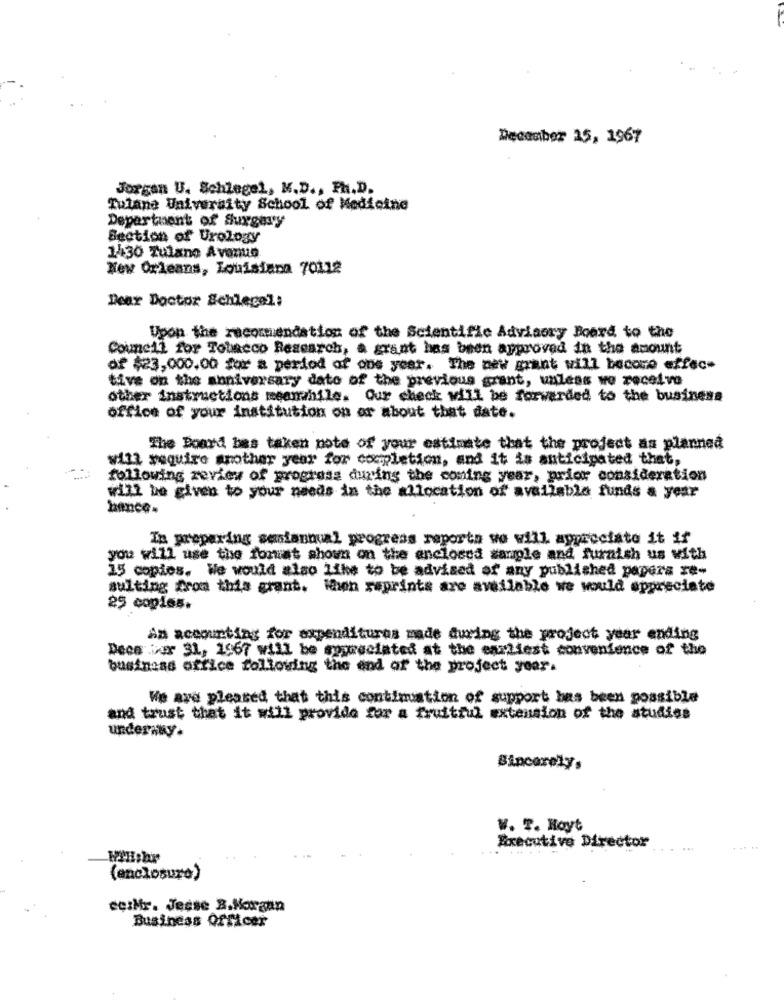
December 15, 1967
Jorgan U. Schlegel, M.D ., Ph.D.
Tutana University School of Medicine
Departuent of Surgery
Section of Urology
1430 Tulane Avenue
New Orleans, Louisiana 70112
Dear Doctor Schlegel:
Upon the recommendation of the Scientific Advisory Board to the
Council for Tobacco Research, a grant has been approved in the amount
of $23,000.00 for a period of one year. The new grant will become effec-
tive on the anniversary date of the previous grant, unless we receive
other instructions meanwhile. Our check will be forwarded to the business
office of your institution on or about that date.
The Board bas taken note of your estimate that the project as planned
will require another year for completion, and it is anticipated that,
following review of progress during the coming year, prior consideration
will be given to your needs in the allocation of available funds a year
In preparing sesiannual progress reporta wo will appreciate it if
you will use the fomat shown on the enclosed sample and furnish us with
15 copies. We would also like to be advised of any published papers re-
sulting from this grant. Men reprints are available we would appreciate
25 copies.
An accounting for expenditures made during the project year ending
Dece Dor 31, 1967 will be syyreciated at the earliest convenience of the
business office following the end of the project year.
We are pleased that this continuation of support has been possible
and trust that it will provide for a fruitrul extension of the studies
undermuy.
Sincerely.
w. T. Hoyt
Executive Director
(enclosure)
cesMr. Jesse B.Morgan
Business Officer